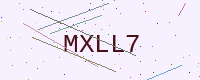
Text: MXLL7